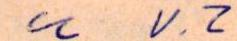
u V. Z